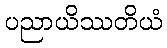
ပညာယိဿတိယံ